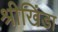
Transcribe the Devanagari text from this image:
श्रीखिंडा